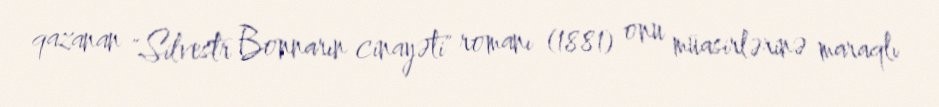
qazanan "Silvestr Bonnarın cinayəti" romanı (1881) onu müasirlərinə maraqlı